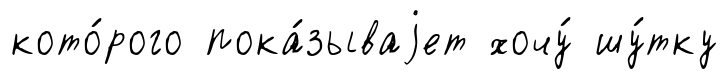
кото́рого пока́зываjет хочу́ шу́тку